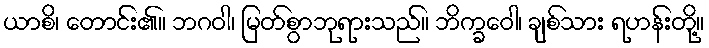
ယာစိ၊ တောင်း၏။ ဘဂဝါ၊ မြတ်စွာဘုရားသည်။ ဘိက္ခဝေါ၊ ချစ်သား ရဟန်းတို့။